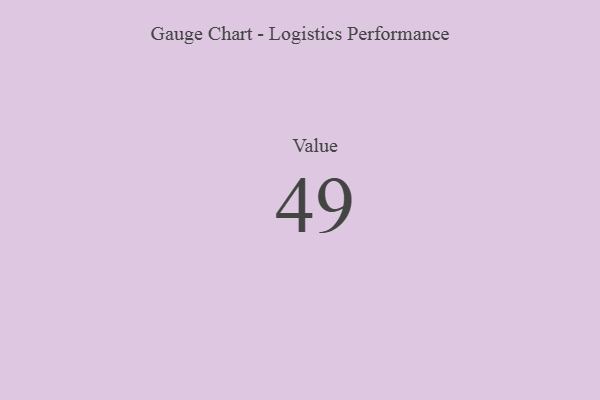
{"axis": {"x": "Metric", "y": "Value"}, "legend": [""], "data": [{"x": "Value", "y": 49, "type": ""}]}